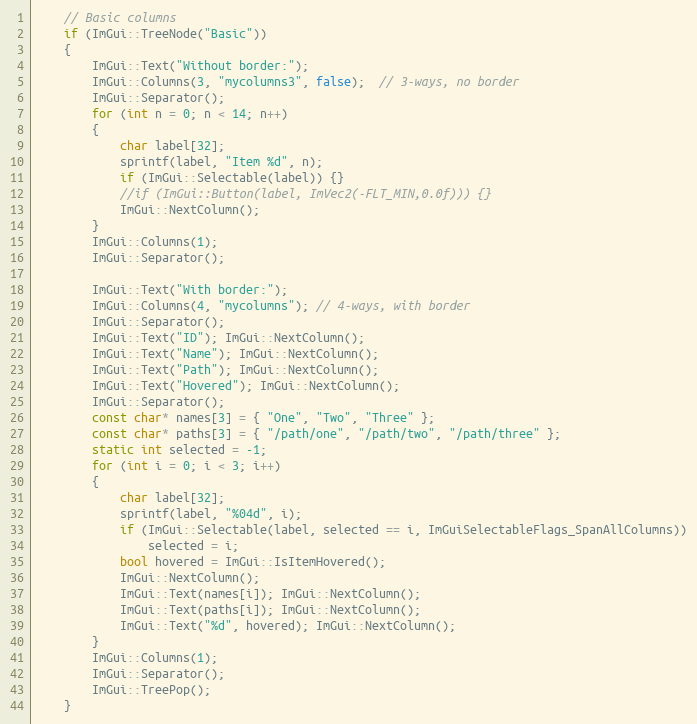
Language: C++
    // Basic columns
    if (ImGui::TreeNode("Basic"))
    {
        ImGui::Text("Without border:");
        ImGui::Columns(3, "mycolumns3", false);  // 3-ways, no border
        ImGui::Separator();
        for (int n = 0; n < 14; n++)
        {
            char label[32];
            sprintf(label, "Item %d", n);
            if (ImGui::Selectable(label)) {}
            //if (ImGui::Button(label, ImVec2(-FLT_MIN,0.0f))) {}
            ImGui::NextColumn();
        }
        ImGui::Columns(1);
        ImGui::Separator();

        ImGui::Text("With border:");
        ImGui::Columns(4, "mycolumns"); // 4-ways, with border
        ImGui::Separator();
        ImGui::Text("ID"); ImGui::NextColumn();
        ImGui::Text("Name"); ImGui::NextColumn();
        ImGui::Text("Path"); ImGui::NextColumn();
        ImGui::Text("Hovered"); ImGui::NextColumn();
        ImGui::Separator();
        const char* names[3] = { "One", "Two", "Three" };
        const char* paths[3] = { "/path/one", "/path/two", "/path/three" };
        static int selected = -1;
        for (int i = 0; i < 3; i++)
        {
            char label[32];
            sprintf(label, "%04d", i);
            if (ImGui::Selectable(label, selected == i, ImGuiSelectableFlags_SpanAllColumns))
                selected = i;
            bool hovered = ImGui::IsItemHovered();
            ImGui::NextColumn();
            ImGui::Text(names[i]); ImGui::NextColumn();
            ImGui::Text(paths[i]); ImGui::NextColumn();
            ImGui::Text("%d", hovered); ImGui::NextColumn();
        }
        ImGui::Columns(1);
        ImGui::Separator();
        ImGui::TreePop();
    }